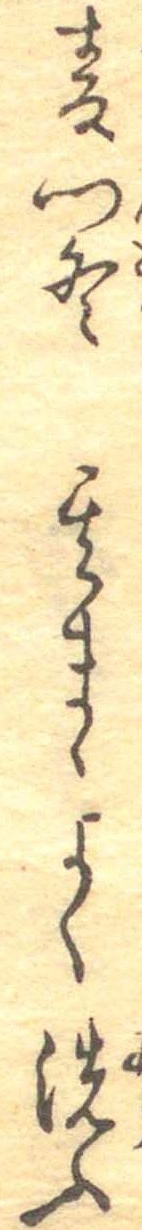
麦門冬其まゝよく洗ふ